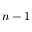
n - 1